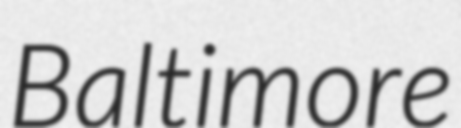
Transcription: Baltimore